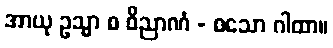
အာယု ဥသ္မာ စ ဝိညာဏံ - စသော ဂါထာ။